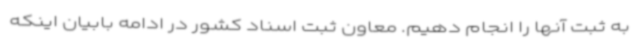
به ثبت آنها را انجام دهیم. معاون ثبت اسناد کشور در ادامه بابیان اینکه